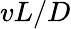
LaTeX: vL/D